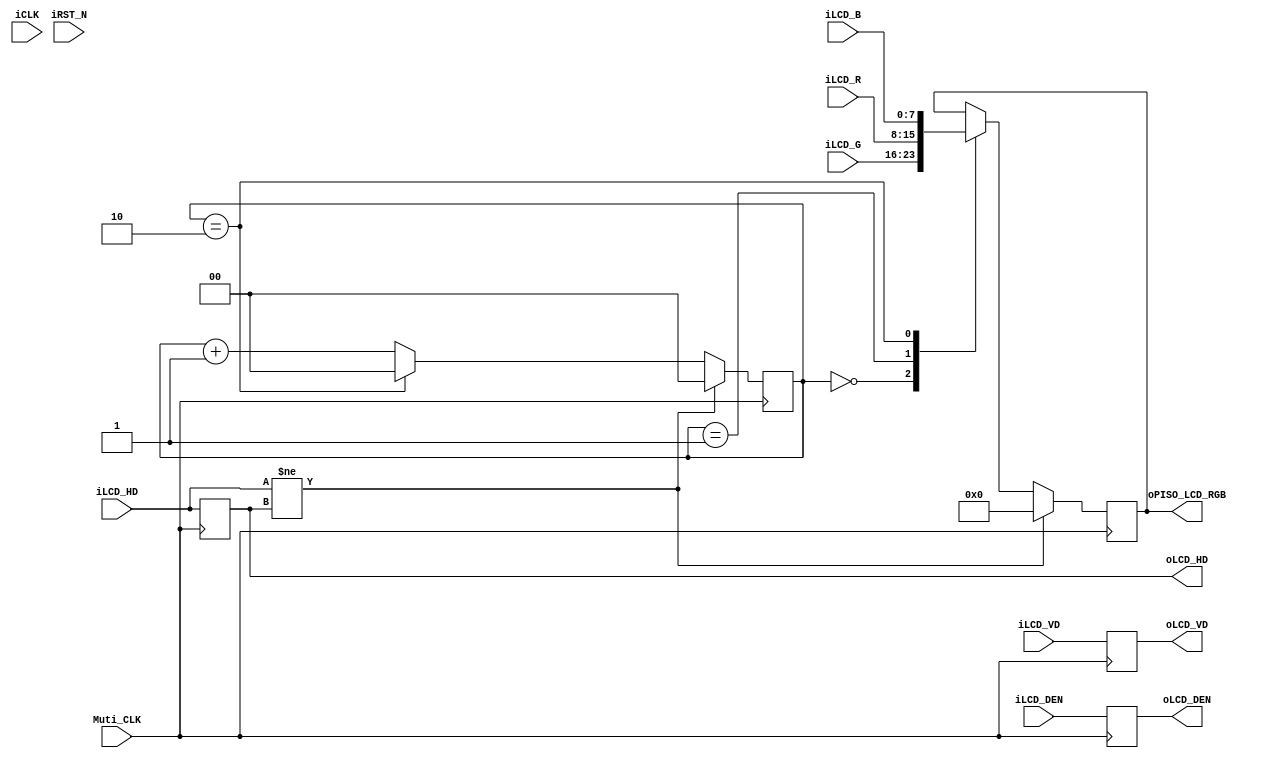
// --------------------------------------------------------------------
// Copyright (c) 2007 by Terasic Technologies Inc. 
// --------------------------------------------------------------------
//
// Permission:
//
//   Terasic grants permission to use and modify this code for use
//   in synthesis for all Terasic Development Boards and Altera Development 
//   Kits made by Terasic.  Other use of this code, including the selling 
//   ,duplication, or modification of any portion is strictly prohibited.
//
// Disclaimer:
//
//   This VHDL/Verilog or C/C++ source code is intended as a design reference
//   which illustrates how these types of functions can be implemented.
//   It is the user's responsibility to verify their design for
//   consistency and functionality through the use of formal
//   verification methods.  Terasic provides no warranty regarding the use 
//   or functionality of this code.
//
// --------------------------------------------------------------------
//           
//                     Terasic Technologies Inc
//                     356 Fu-Shin E. Rd Sec. 1. JhuBei City,
//                     HsinChu County, Taiwan
//                     302
//
//                     web: http://www.terasic.com/
//
// --------------------------------------------------------------------
//
// Major Functions:	HMB Touch Panel RGB data encoder
//
// --------------------------------------------------------------------
//
// Revision History :
// --------------------------------------------------------------------
//   Ver  :| Author            			:| Mod. Date :| Changes Made:
//   V1.0 :| Johnny Fan	:| 07/5/10  	:| Initial Revision
//   V1.1 :| Johnny Fan	:| 07/6/6	  	:| 1.Change RGB decoder sequence
//										   2.Remove oPISO_LCD_RGB , oLCD_HD , oLCD_VD,oLCD_DEN delay function			
//										   	
// --------------------------------------------------------------------
module LCD_DATA_ENCODE ( // input
						iCLK,
						Muti_CLK,
						iLCD_R,
						iLCD_G,			
						iLCD_B,
						iRST_N,
						iLCD_HD,		
						iLCD_VD,		
						iLCD_DEN,	
						// output
						oPISO_LCD_RGB,
						oLCD_HD,
						oLCD_VD,
						oLCD_DEN
						);
						
////////////   I/O declare  /////////////////
input			iCLK;  // 25M hz
input			Muti_CLK; // 75M hz
input	[7:0]	iLCD_R;
input	[7:0]	iLCD_G;
input	[7:0]	iLCD_B;
input			iRST_N;						
input			iLCD_HD;
input			iLCD_VD;
input			iLCD_DEN;
output	[7:0]	oPISO_LCD_RGB;	
output			oLCD_HD;
output			oLCD_VD;
output			oLCD_DEN;

//////////////////////////////////////////////

reg		[1:0]	PISO_cnt;
reg		[7:0]	PISO_RGB;
reg				RGB_SYNC;
reg		[7:0]	PISO_RGB_delay;
reg		[7:0]	PISO_RGB_delay1;
reg		[1:0]	iLCD_HD_delay;	
reg		[1:0]	iLCD_VD_delay; 	
reg		[1:0]	iLCD_DEN_delay; 
wire	[7:0]	mPISO_LCD_RGB;
wire			mLCD_HD;
wire			mLCD_VD;
wire			mLCD_DEN;
wire	[7:0]	oPISO_LCD_RGB;
reg				oLCD_HD;
reg				oLCD_VD;
reg				oLCD_DEN;

assign	 oPISO_LCD_RGB	= 	PISO_RGB;

always@(posedge Muti_CLK)
	begin
		oLCD_HD		<= iLCD_HD;
		oLCD_VD  	<= iLCD_VD;
		oLCD_DEN 	<= iLCD_DEN;
	end
wire	psio_cnt_rst_p;	
assign	psio_cnt_rst_p = (iLCD_HD!= oLCD_HD);


/////////////// RGB DATA PISO ////////////////////////
always@(posedge Muti_CLK)
begin
	if (psio_cnt_rst_p)
		PISO_cnt <= 0;
	else if (PISO_cnt == 2)
		PISO_cnt <= 0;
	else
		PISO_cnt <= PISO_cnt + 1;		
end

always@(posedge Muti_CLK)
begin
	if (psio_cnt_rst_p)
		PISO_RGB <= 0;
	else
	begin
	case(PISO_cnt)
		2'b00 : PISO_RGB <= iLCD_G;
		2'b01 : PISO_RGB <= iLCD_R;
		2'b10 : PISO_RGB <= iLCD_B;	
	endcase
	end
end

endmodule